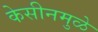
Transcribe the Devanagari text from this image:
केसीनमुळे